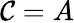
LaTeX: \mathcal{C}=A